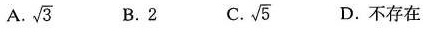
A. \sqrt{3} B.2C. \sqrt{5} D.不存在